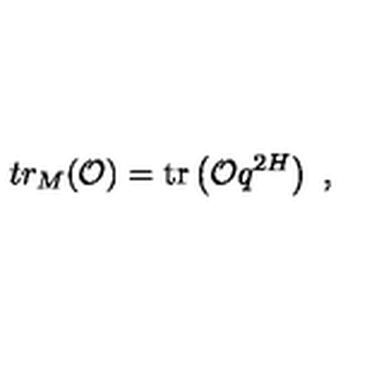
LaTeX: t r _ { M } ( { \cal O } ) = \mathrm { t r } \left( { \cal O } q ^ { 2 H } \right) \ ,